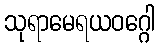
သုရာမေရယဝဂ္ဂေါ